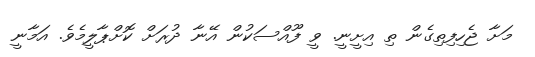
މަށާ ޖެހިފިތިގެން ތި އިށީނީ. ވީ ފޫއްސަކުން އޭނާ ދުރަށް ކޮށްޕާލީމެވެ. އަމާނީ